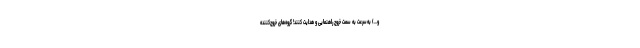
و...) به‌سرعت به سمت خروج راهنمایی و هدایت کنند! گروه‌های خروج‌کننده